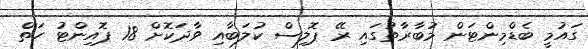
ގައުމީ ބެޑްމިންޓަން މުބާރާތުގައި ރޭ ޕޮލިސް ކުލަބާއި ވާދަކޮށް 18 ޕޮއިންޓު ހަތް